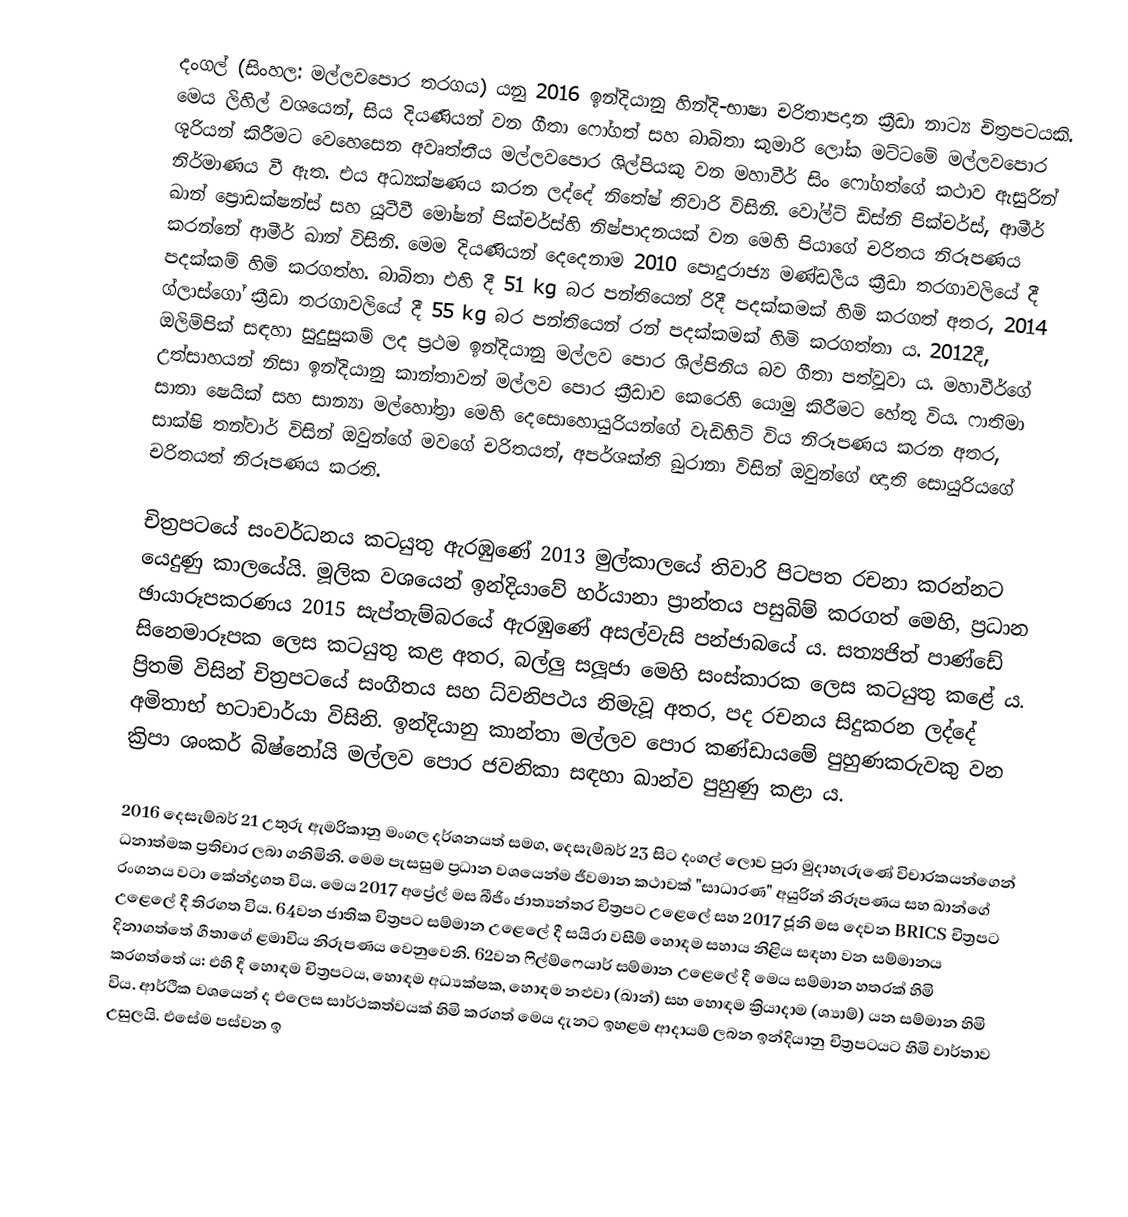
දංගල් (සිංහල: මල්ලවපොර තරගය) යනු 2016 ඉන්දියානු හින්දි-භාෂා චරිතාපදාන ක්‍රීඩා නාට්‍ය චිත්‍රපටයකි. මෙය ලිහිල් වශයෙන්, සිය දියණියන් වන ගීතා ෆෝගත් සහ බාබිතා කුමාරි ලෝක මට්ටමේ මල්ලවපොර ශූරියන් කිරීමට වෙහෙසෙන අවෘත්තීය මල්ලවපොර ශිල්පියකු වන මහාවීර් සිං ෆෝගත්ගේ කථාව ඇසුරින් නිර්මාණය වී ඇත. එය අධ්‍යක්ෂණය කරන ලද්දේ නිතේෂ් තිවාරි විසිනි. වෝල්ට් ඩිස්නි පික්චර්ස්, ආමීර් ඛාන් ප්‍රොඩක්ෂන්ස් සහ යූටීවී මෝෂන් පික්චර්ස්හි නිෂ්පාදනයක් වන මෙහි පියාගේ චරිතය නිරූපණය කරන්නේ ආමීර් ඛාන් විසිනි. මෙම දියණියන් දෙදෙනාම 2010 පොදුරාජ්‍ය මණ්ඩලීය ක්‍රීඩා තරගාවලියේ දී පදක්කම් හිමි කරගත්හ. බාබිතා එහි දී 51 kg බර පන්තියෙන් රිදී පදක්කමක් හිමි කරගත් අතර, 2014 ග්ලාස්ගෝ ක්‍රීඩා තරගාවලියේ දී 55 kg බර පන්තියෙන් රන් පදක්කමක් හිමි කරගත්තා ය. 2012දී, ඔලිම්පික් සඳහා සුදුසුකම් ලද ප්‍රථම ඉන්දියානු මල්ලව පොර ශිල්පිනිය බව ගීතා පත්වූවා ය. මහාවීර්ගේ උත්සාහයන් නිසා ඉන්දියානු කාන්තාවන් මල්ලව පොර ක්‍රීඩාව කෙරෙහි යොමු කිරීමට හේතු විය. ෆාතිමා සානා ෂෙයික් සහ සාන්‍යා මල්හෝත්‍රා මෙහි දෙසොහොයුරියන්ගේ වැඩිහිටි විය නිරූපණය කරන අතර, සාක්ෂි තන්වාර් විසින් ඔවුන්ගේ මවගේ චරිතයත්, අපර්ශක්ති ඛුරානා විසින් ඔවුන්ගේ ඥාති සොයුරියගේ චරිතයත් නිරූපණය කරති.

චිත්‍රපටයේ සංවර්ධනය කටයුතු ඇරඹුණේ 2013 මුල්කාලයේ තිවාරි පිටපත රචනා කරන්නට යෙදුණු කාලයේයි. මූලික වශයෙන් ඉන්දියාවේ හර්යානා ප්‍රාන්තය පසුබිම් කරගත් මෙහි, ප්‍රධාන ඡායාරූපකරණය 2015 සැප්තැම්බරයේ ඇරඹුණේ අසල්වැසි පන්ජාබයේ ය. සත්‍යජිත් පාණ්ඩේ සිනෙමාරූපක ලෙස කටයුතු කළ අතර, බල්ලු සලූජා මෙහි සංස්කාරක ලෙස කටයුතු කළේ ය. ප්‍රිතම් විසින් චිත්‍රපටයේ සංගීතය සහ ධ්වනිපථය නිමැවූ අතර, පද රචනය සිදුකරන ලද්දේ අමිතාභ් භටාචාර්යා විසිනි. ඉන්දියානු කාන්තා මල්ලව පොර කණ්ඩායමේ පුහුණකරුවකු වන ක්‍රිපා ශංකර් බිෂ්නෝයි මල්ලව පොර ජවනිකා සඳහා ඛාන්ව පුහුණු කළා ය.

2016 දෙසැම්බර් 21 උතුරු ඇමරිකානු මංගල දර්ශනයත් සමග, දෙසැම්බර් 23 සිට දංගල් ලොව පුරා මුදාහැරුණේ විචාරකයන්ගෙන් ධනාත්මක ප්‍රතිචාර ලබා ගනිමිනි. මෙම පැසසුම ප්‍රධාන වශයෙන්ම ජීවමාන කථාවක් "සාධාරණ" අයුරින් නිරූපණය සහ ඛාන්ගේ රංගනය වටා කේන්ද්‍රගත විය. මෙය 2017 අප්‍රේල් මස බීජිං ජාත්‍යන්තර චිත්‍රපට උළෙලේ සහ 2017 ජූනි මස දෙවන BRICS චිත්‍රපට උළෙලේ දී තිරගත විය. 64වන ජාතික චිත්‍රපට සම්මාන උළෙලේ දී සයිරා වසීම් හොඳම සහාය නිළිය සඳහා වන සම්මානය දිනාගත්තේ ගීතාගේ ළමාවිය නිරූපණය වෙනුවෙනි. 62වන ෆිල්ම්ෆෙයාර් සම්මාන උළෙලේ දී මෙය සම්මාන හතරක් හිමි කරගත්තේ ය: එහි දී හොඳම චිත්‍රපටය, හොඳම අධ්‍යක්ෂක, හොඳම නළුවා (ඛාන්) සහ හොඳම ක්‍රියාදාම (ශ්‍යාම්) යන සම්මාන හිමි විය. ආර්ථික වශයෙන් ද එලෙස සාර්ථකත්වයක් හිමි කරගත් මෙය දැනට ඉහළම ආදායම් ලබන ඉන්දියානු චිත්‍රපටයට හිමි වාර්තාව උසුලයි. එසේම පස්වන ඉ